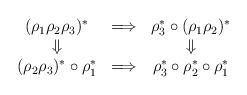
\begin{align*}\begin{array}{ccc}(\rho_1 \rho_2 \rho_3)^* & \Longrightarrow & \rho_3^* \circ ( \rho_1 \rho_2)^* \\\Downarrow & & \Downarrow \\(\rho_2 \rho_3)^* \circ \rho_1^* & \Longrightarrow &\rho_3^* \circ \rho_2^* \circ \rho_1^*\end{array}\end{align*}